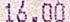
16.00